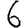
Digit: 6